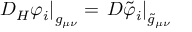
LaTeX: \left. { \cal D } _ { H } \varphi _ { i } \right| _ { g _ { \mu \nu } } = \left. { \cal D } \tilde { \varphi } _ { i } \right| _ { \tilde { g } _ { \mu \nu } }